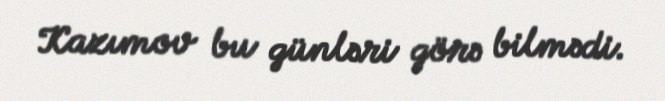
Kazımov bu günləri görə bilmədi.